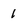
Character: 1